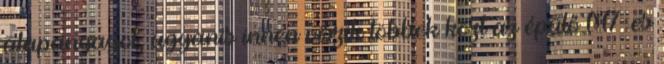
alapanyagot, ugyanis innen viszik többek közt az épülő M7-es